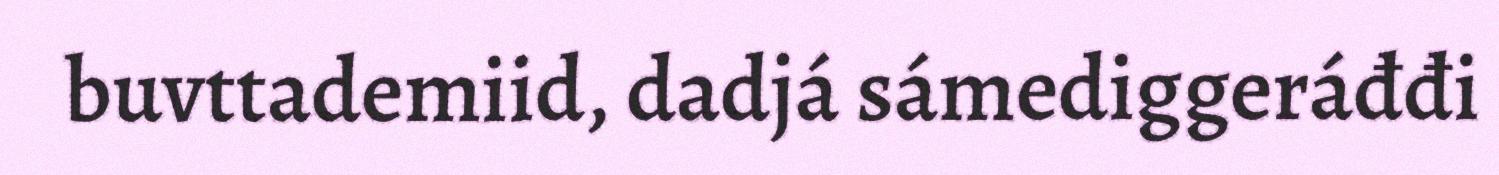
buvttademiid, dadjá sámediggeráđđi